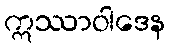
ဣဿာဝါဒေန